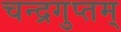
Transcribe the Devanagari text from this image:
चन्द्रगुप्तम्